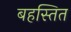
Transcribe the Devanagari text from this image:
बहस्तित